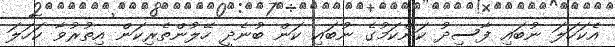
އެކަހަލަ ނުބައި ފާސިދު ކަންކަމުގެ ނުބައި ކަން ބުނެދީ ހޭލުންތެރިކަން އިތުރުވާ ކަހަލަ